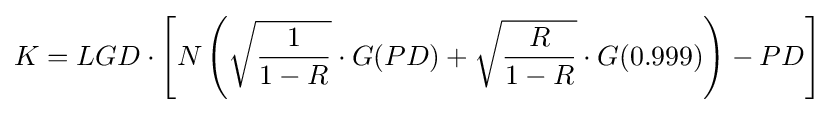
K=LGD\cdot \left[N\left({\sqrt {\frac {1}{1-R}}}\cdot G(PD)+{\sqrt {\frac {R}{1-R}}}\cdot G(0.999)\right)-PD\right]